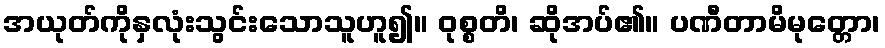
အယုတ်ကိုနှလုံးသွင်းသောသူဟူ၍။ ဝုစ္စတိ၊ ဆိုအပ်၏။ ပဏီတာမိမုတ္တော၊